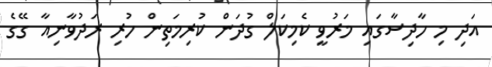
އަދި މި ހާދިސާގައި މަރުވީ ކެމިކަލް ގުދަން ކުރިމަތިން ހުރި ރަދުވާނިއާ ގޭގެ